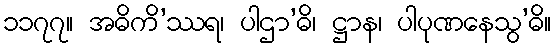
၁၁၇၇။ အဓိကိ’ဿရ၊ ပါဌာ’ဓိ၊ ဋ္ဌာန၊ ပါပုဏနေသွ’ဓိ။